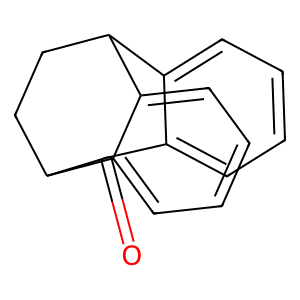
SMILES: O=C1c2ccccc2C2CCC1c1ccccc12
Inhibits HIV replication: Yes